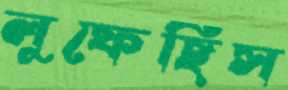
লুফেছিস